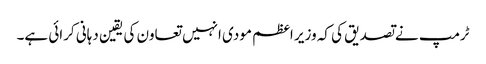
ٹرمپ نے تصدیق کی کہ وزیر اعظم مودی انہیں تعاون کی یقین دہانی کرائی ہے۔